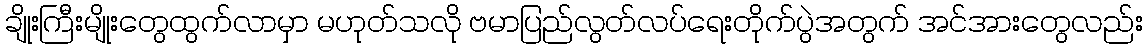
ချိုးကြီးမျိုးတွေထွက်လာမှာ မဟုတ်သလို ဗမာပြည်လွတ်လပ်ရေးတိုက်ပွဲအတွက် အင်အားတွေလည်း